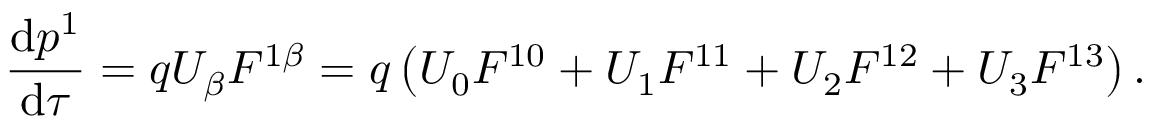
{ \frac { \mathrm { d } p ^ { 1 } } { \mathrm { d } \tau } } = q U _ { \beta } F ^ { 1 \beta } = q \left( U _ { 0 } F ^ { 1 0 } + U _ { 1 } F ^ { 1 1 } + U _ { 2 } F ^ { 1 2 } + U _ { 3 } F ^ { 1 3 } \right) .